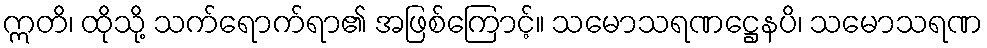
ဣတိ၊ ထိုသို့ သက်ရောက်ရာ၏ အဖြစ်ကြောင့်။ သမောသရဏဋ္ဌေနပိ၊ သမောသရဏ